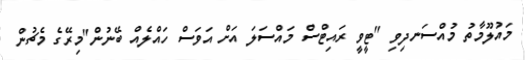
މައުލޫމާތު މުއްސަނދިވި "ޓީވީ ރައިޓްސް މައްސަލަ އަށް އަވަސް ހައްލެއް ބޭނުން"މިރޭގެ މެޗުން